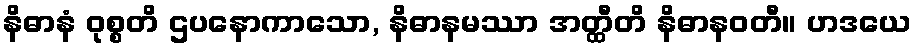
နိဓာနံ ဝုစ္စတိ ဌပနောကာသော, နိဓာနမဿာ အတ္ထီတိ နိဓာနဝတီ။ ဟဒယေ